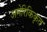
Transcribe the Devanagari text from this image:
अमेरिकिकृत